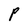
Character: P